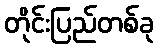
တိုင်းပြည်တစ်ခု